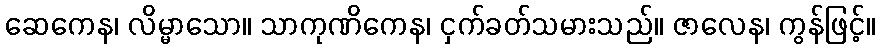
ဆေကေန၊ လိမ္မာသော။ သာကုဏိကေန၊ ငှက်ခတ်သမားသည်။ ဇာလေန၊ ကွန်ဖြင့်။